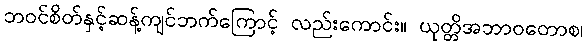
ဘဝင်စိတ်နှင့်ဆန့်ကျင်ဘက်ကြောင့် လည်းကောင်း။ ယုတ္တိအဘာဝတောစ၊